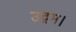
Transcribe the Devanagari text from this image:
उद्गम।